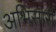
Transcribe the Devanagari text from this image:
अभिसारों